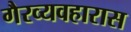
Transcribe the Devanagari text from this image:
गैरव्यवहारास